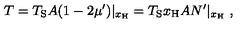
T = T _ { \mathrm { S } } A ( 1 - 2 \mu ^ { \prime } ) | _ { x _ { \mathrm { H } } } = T _ { \mathrm { S } } x _ { \mathrm { H } } A N ^ { \prime } | _ { x _ { \mathrm { H } } } \ ,